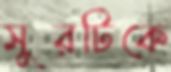
সুরটিকে